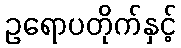
ဥရောပတိုက်နှင့်